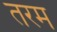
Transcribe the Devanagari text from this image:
तरम